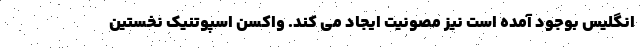
انگلیس بوجود آمده است نیز مصونیت ایجاد می کند. واکسن اسپوتنیک نخستین